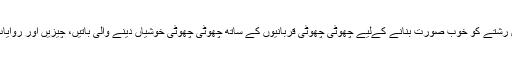
زندگی کے اندر اس رشتے کو خوب صورت بنانے کےلیے چھوٹی چھوٹی قربانیوں کے ساتھ چھوٹی چھوٹی خوشیاں دینے والی باتیں، چیزیں اور روایات کو اپنانا پڑتا ہے۔